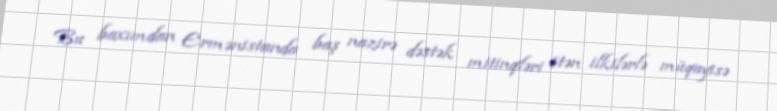
Bu baxımdan Ermənistanda baş nazirə dəstək mitinqləri ötən ilkilərlə müqayisə